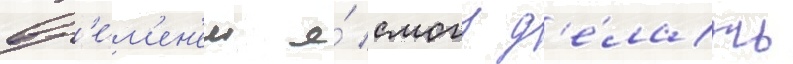
вр'е́м'ен'ем я́ смогу д'е́лать